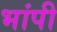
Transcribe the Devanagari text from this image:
भांपी